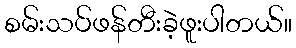
စမ်းသပ်ဖန်တီးခဲ့ဖူးပါတယ်။